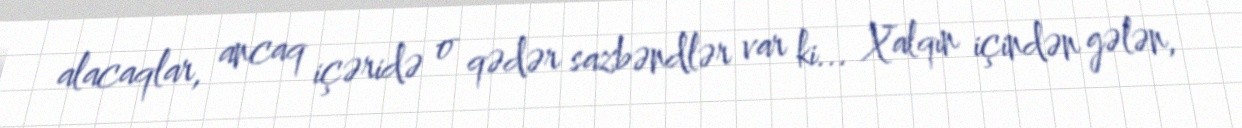
alacaqlar, ancaq içəridə o qədər sazbəndlər var ki... Xalqın içindən gələn,